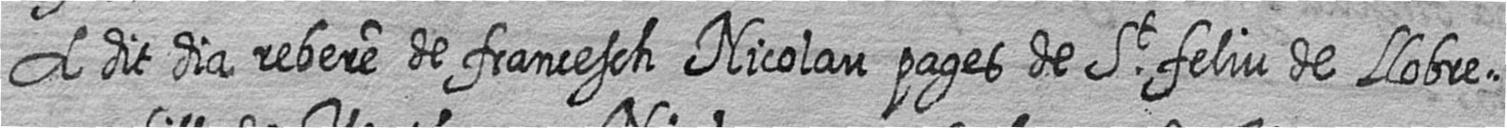
A dit dia rebere de francesch Nicolau pages de St feliu de Llobre=